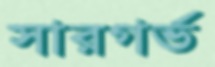
সারগর্ভ